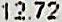
12.72